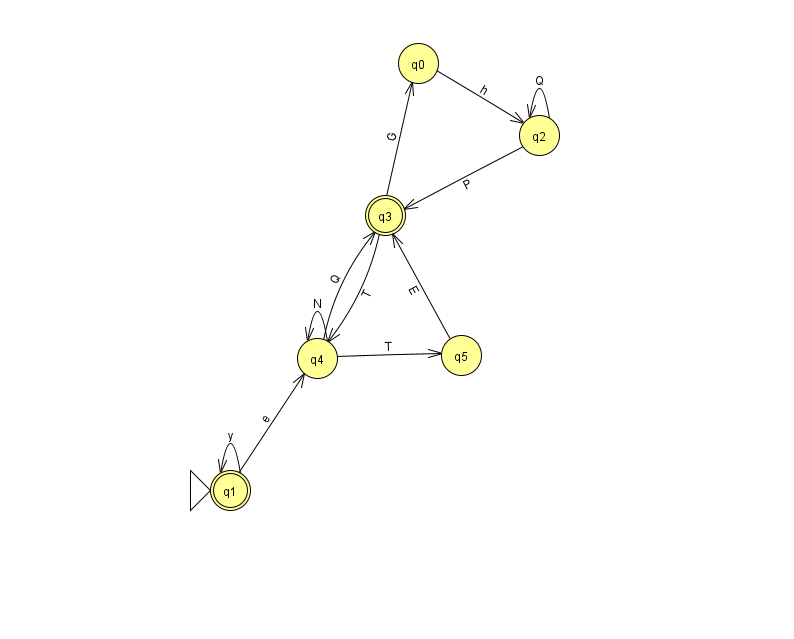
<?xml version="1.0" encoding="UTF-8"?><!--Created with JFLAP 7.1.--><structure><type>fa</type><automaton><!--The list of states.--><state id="0" name="q0"><x>418.0</x><y>50.0</y></state><state id="1" name="q1"><x>230.0</x><y>477.0</y><initial/><final/></state><state id="2" name="q2"><x>539.0</x><y>122.0</y></state><state id="3" name="q3"><x>385.0</x><y>202.0</y><final/></state><state id="4" name="q4"><x>317.0</x><y>345.0</y></state><state id="5" name="q5"><x>461.0</x><y>342.0</y></state><!--The list of transitions.--><transition><from>1</from><to>4</to><read>e</read></transition><transition><from>2</from><to>2</to><read>Q</read></transition><transition><from>4</from><to>5</to><read>T</read></transition><transition><from>0</from><to>2</to><read>h</read></transition><transition><from>2</from><to>3</to><read>P</read></transition><transition><from>1</from><to>1</to><read>y</read></transition><transition><from>4</from><to>3</to><read>Q</read></transition><transition><from>5</from><to>3</to><read>E</read></transition><transition><from>3</from><to>4</to><read>T</read></transition><transition><from>3</from><to>0</to><read>G</read></transition><transition><from>4</from><to>4</to><read>N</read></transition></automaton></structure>